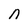
Character: n